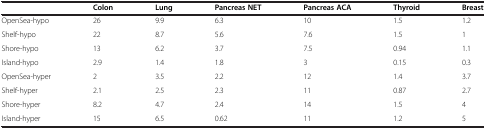
<table><thead><tr><td>[EMPTY_CELL]</td><td><b>Colon</b></td><td><b>Lung</b></td><td><b>Pancreas NET</b></td><td><b>Pancreas ACA</b></td><td><b>Thyroid</b></td><td><b>Breast</b></td></tr></thead><tbody><tr><td>OpenSea-hypo</td><td>26</td><td>9.9</td><td>6.3</td><td>10</td><td>1.5</td><td>1.2</td></tr><tr><td>Shelf-hypo</td><td>22</td><td>8.7</td><td>5.6</td><td>7.6</td><td>1.5</td><td>1</td></tr><tr><td>Shore-hypo</td><td>13</td><td>6.2</td><td>3.7</td><td>7.5</td><td>0.94</td><td>1.1</td></tr><tr><td>Island-hypo</td><td>2.9</td><td>1.4</td><td>1.8</td><td>3</td><td>0.15</td><td>0.3</td></tr><tr><td>OpenSea-hyper</td><td>2</td><td>3.5</td><td>2.2</td><td>12</td><td>1.4</td><td>3.7</td></tr><tr><td>Shelf-hyper</td><td>2.1</td><td>2.5</td><td>2.3</td><td>11</td><td>0.87</td><td>2.7</td></tr><tr><td>Shore-hyper</td><td>8.2</td><td>4.7</td><td>2.4</td><td>14</td><td>1.5</td><td>4</td></tr><tr><td>Island-hyper</td><td>15</td><td>6.5</td><td>0.62</td><td>11</td><td>1.2</td><td>5</td></tr></tbody></table>